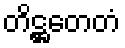
တိဋ္ဌတေတံ